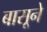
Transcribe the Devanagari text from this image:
बासूने